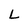
Character: L